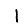
Digit: 1